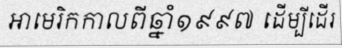
អាមេរិកកាលពីឆ្នាំ១៩៩៧ ដើម្បីដើរ